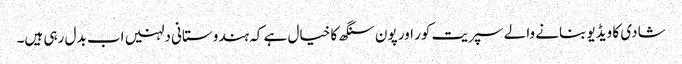
شادی کا ویڈیو بنانے والے سپریت کور اور پون سنگھ کا خیال ہے کہ ہندوستانی دلہنیں اب بدل رہی ہیں۔